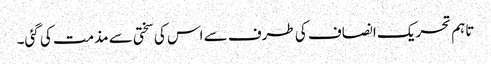
تاہم تحریک انصاف کی طرف سے اس کی سختی سے مذمت کی گئی۔